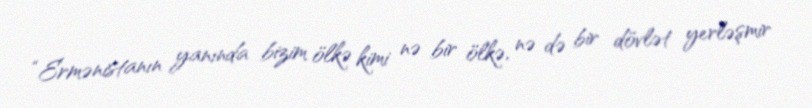
“Ermənistanın yanında bizim ölkə kimi nə bir ölkə, nə də bir dövlət yerləşmir